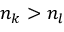
n _ { k } > n _ { l }